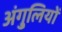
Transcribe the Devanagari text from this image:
अंगु्लियों